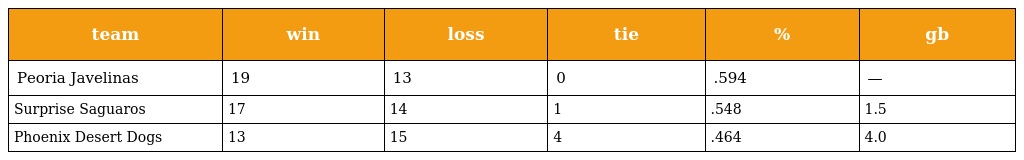
| team | win | loss | tie | % | gb |
 | --- | --- | --- | --- | --- | --- |
 | Peoria Javelinas | 19 | 13 | 0 | .594 | — |
 | Surprise Saguaros | 17 | 14 | 1 | .548 | 1.5 |
 | Phoenix Desert Dogs | 13 | 15 | 4 | .464 | 4.0 |